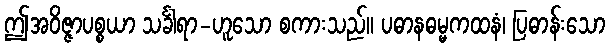
ဤအဝိဇ္ဇာပစ္စယာ သင်္ခါရာ-ဟူသော စကားသည်။ ပဓာနဓမ္မကထနံ၊ ပြဓာန်းသော